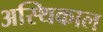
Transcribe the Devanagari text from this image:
अस्थिकाल